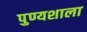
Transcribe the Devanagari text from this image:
पुण्यशाला